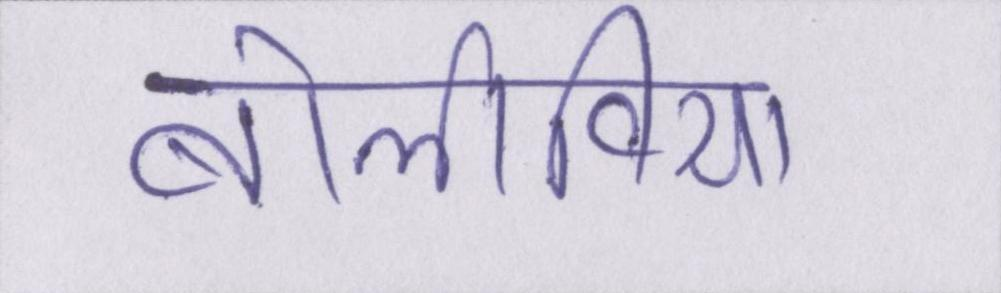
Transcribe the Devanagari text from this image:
बोलीविया